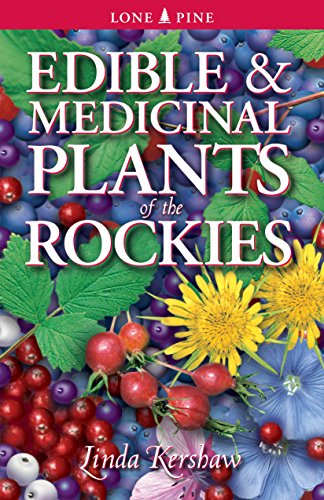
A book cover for Edible and Medicinal Plants of the Rockies; Linda J. Kershaw; Science & Math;